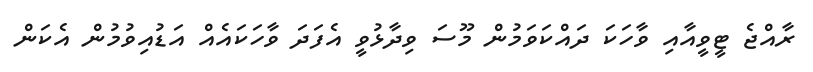
ރާއްޖެ ޓީވީއާއި ވާހަކަ ދައްކަވަމުން މޫސަ ވިދާޅުވީ އެފަދަ ވާހަކައެއް އަޑުއިވުމުން އެކަން